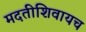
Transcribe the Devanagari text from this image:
मदतीशिवायच